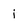
Character: i